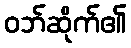
ဝဘ်ဆိုက်၏